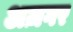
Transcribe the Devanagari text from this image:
अज़गर